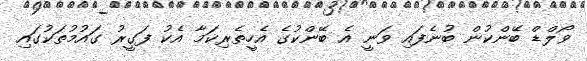
ވޯލްޑް ބޭންކުން ބުނެފައި ވަނީ އެ ބޭންކުގެ އެހީތެރިކަމާ އެކު ފަގީރު ގައުމުތަކުގައި